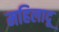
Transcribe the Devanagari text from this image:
महिलादू